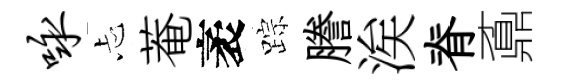
咏忐菴袤踪謄涘脊鼒